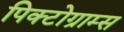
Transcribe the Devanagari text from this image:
पिक्टोग्राम्स